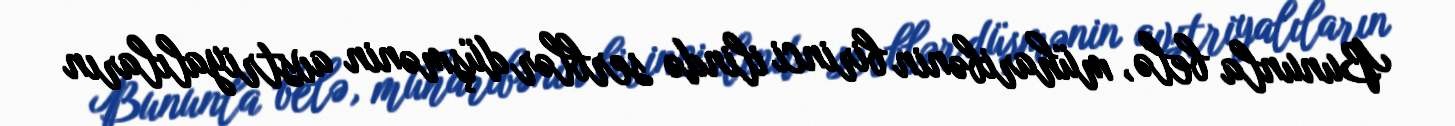
Bununla belə, müharibənin birinci ilində serblər düşmənin avstriyalıların